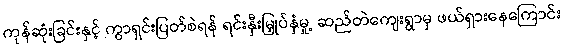
ကုန်ဆုံးခြင်းနှင့် ကွာရှင်းပြတ်စဲရန် ရင်းနှီးမြှုပ်နှံမှု့ ဆည်တဲကျေးရွာမှ ဖယ်ရှားနေကြောင်း